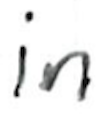
Text: in
Cross-out: clean
Writing tool: ballpoint